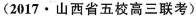
(2017·山西省五校高三联考)